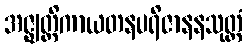
အဇ္ဈတ္တိကာယတနပရိဇာနနသုတ္တံ